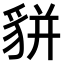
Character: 𧳉